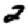
Digit: 2